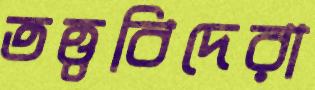
তত্ত্ববিদেরা